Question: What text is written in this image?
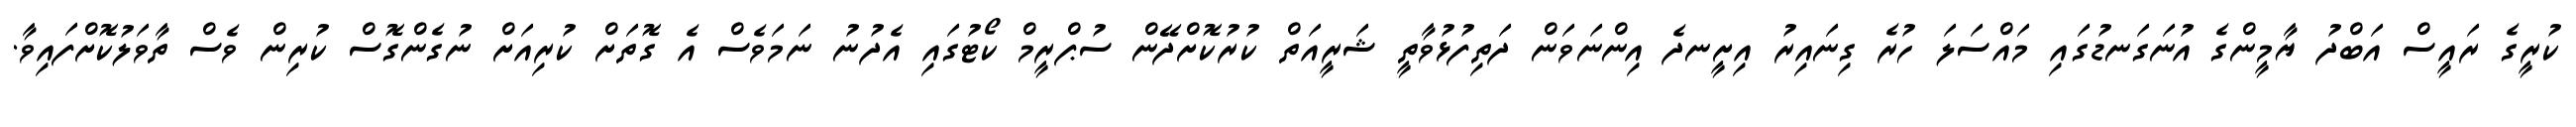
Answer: ކުރީގެ ރައީސް އަބްދު ޔާމީންގެ އުނަގަނޑުގައި މައްސަލަ ހުރެ ގިނައިރު އިށީނދެ އިންނަވަން ދަތިފުޅުވާތީ ޝަރީއަތް ކުރުކޮށްދޭން ސުޕްރީމް ކޯޓުގައި އެދުނު ނަމަވެސް އެ ގޮތަށް ކުރިއަށް ނުގެންގޮސް ކުރިން ވެސް ތާވަލުކޮށްފައިވާ.